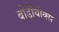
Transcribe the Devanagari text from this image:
बोर्डीयोक्स